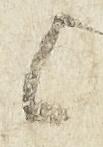
候